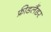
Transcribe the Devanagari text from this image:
फ्रीडलैंडर